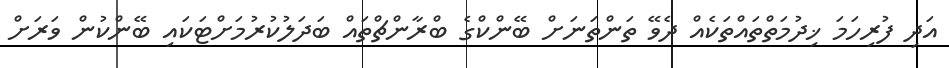
އަދި ފުރިހަމަ ޚިދުމަތްތައްތަކެއް ދެވޭ ތަންތަނަށް ބޭންކްގެ ބްރާންޗްތައް ބަދަލުކުރުމަށްޓަކައި ބޭންކުން ވަރަށް